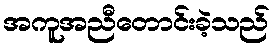
အကူအညီတောင်းခဲ့သည်